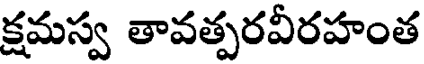
క్షమస్వ తావత్పరవీరహంత